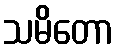
သမိတော